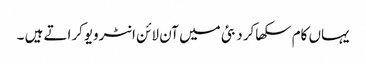
یہاں کام سکھاکر دبئی میں آن لائن انٹرویوکراتے ہیں ۔